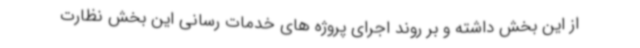
از این بخش داشته و بر روند اجرای پروژه های خدمات رسانی این بخش نظارت